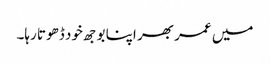
میں عمر بھر اپنا بوجھ خود ڈھوتا رہا۔